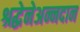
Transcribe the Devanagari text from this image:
श्रद्धेनेअन्नदान